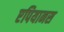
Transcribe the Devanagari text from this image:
एपियानस